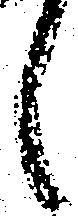
候